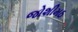
જોશીમઠ